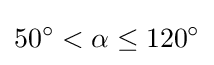
50^{\circ }<\alpha \leq 120^{\circ }